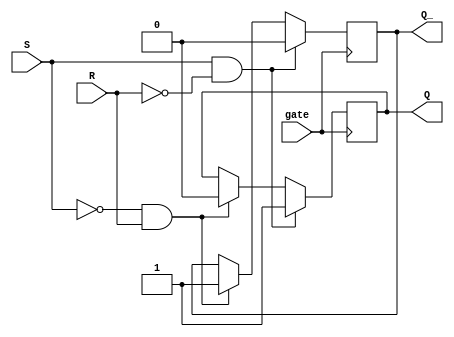
module Gated_SR_FF (
    input S, R, gate,
    output reg Q, Q_
);

always @ (posedge gate) begin
    if (gate) begin
        if (S & ~R) begin
            Q <= 1'b1;
            Q_ <= 1'b0;
        end else if (~S & R) begin
            Q <= 1'b0;
            Q_ <= 1'b1;
        end
    end
end

endmodule